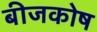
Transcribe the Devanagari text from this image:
बीजकोष